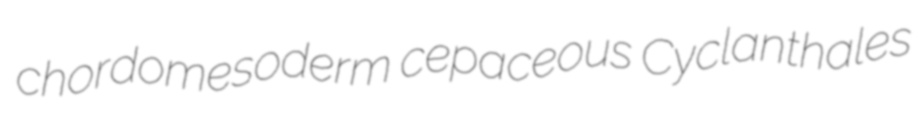
chordomesoderm cepaceous Cyclanthales